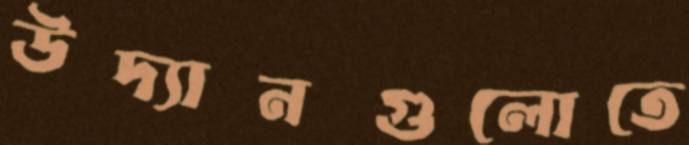
উদ্যানগুলোতে